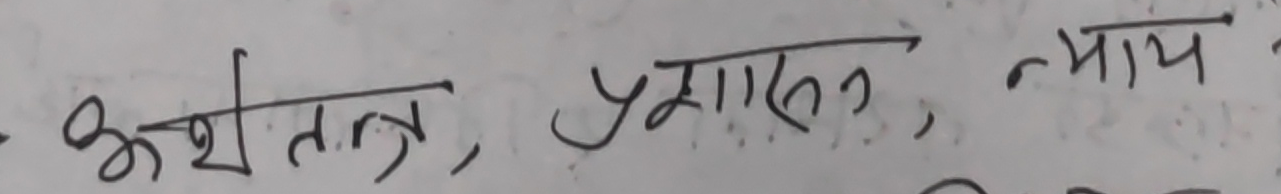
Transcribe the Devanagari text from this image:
अर्थात्, प्रशासन, न्याय